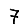
Digit: 7